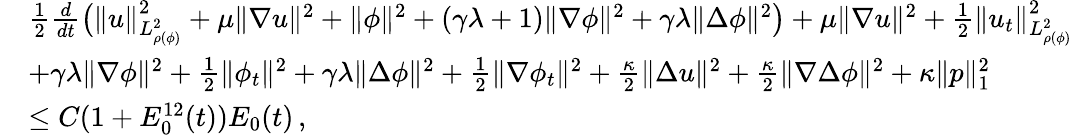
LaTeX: \begin{array}{rl}&{\frac{1}{2}\frac{d}{dt}\big(\| u\| _{L_{\rho(\phi)}^{2}}^{2}+\mu\| \nabla u\| ^{2}+\| \phi\| ^{2}+(\gamma\lambda+1)\| \nabla\phi\| ^{2}+\gamma\lambda\| \Delta\phi\| ^{2}\big)+\mu\| \nabla u\| ^{2}+\frac{1}{2}\| u_{t}\| _{L_{\rho(\phi)}^{2}}^{2}}\\ &{+\gamma\lambda\| \nabla\phi\| ^{2}+\frac{1}{2}\| \phi_{t}\| ^{2}+\gamma\lambda\| \Delta\phi\| ^{2}+\frac{1}{2}\| \nabla\phi_{t}\| ^{2}+\frac{\kappa}{2}\| \Delta u\| ^{2}+\frac{\kappa}{2}\| \nabla\Delta\phi\| ^{2}+\kappa\| p\| _{1}^{2}}\\ &{\leq C(1+E_{0}^{12}(t))E_{0}(t)\, ,}\end{array}